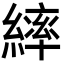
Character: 繂